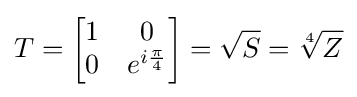
T={\begin{bmatrix}1&0\\0&e^{i{\frac {\pi }{4}}}\end{bmatrix}}={\sqrt {S}}={\sqrt[{4}]{Z}}